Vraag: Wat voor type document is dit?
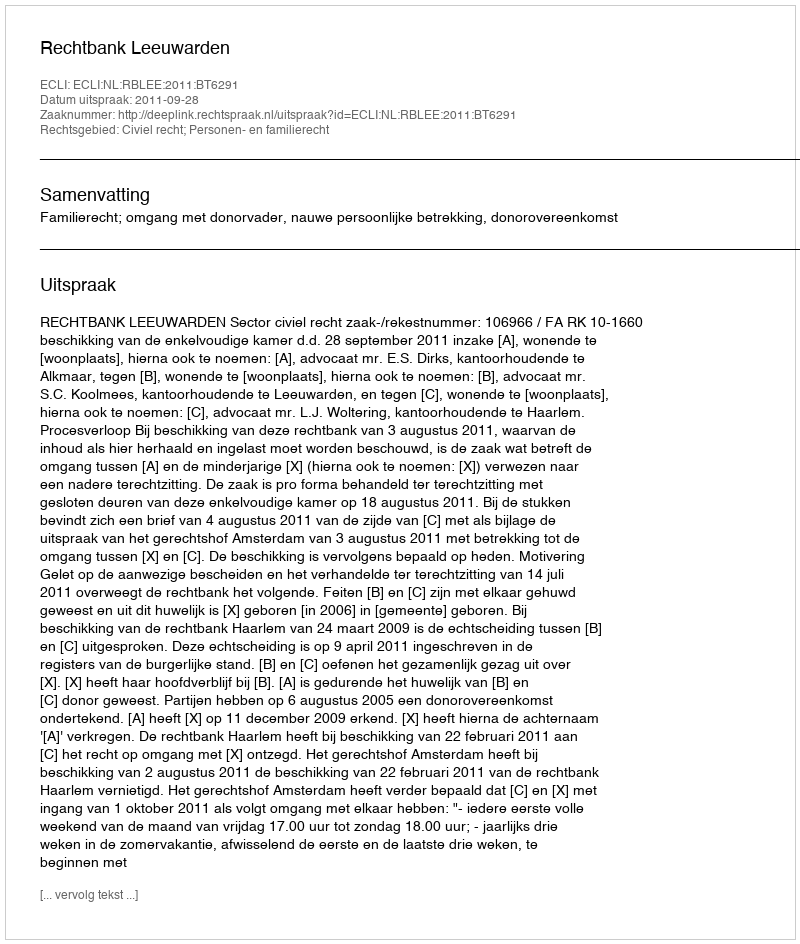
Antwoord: Uitspraak